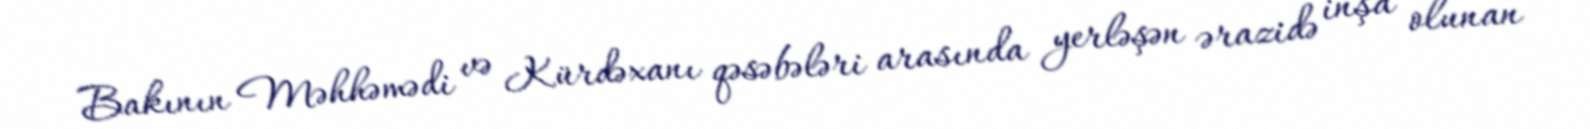
Bakının Məhhəmədi və Kürdəxanı qəsəbələri arasında yerləşən ərazidə inşa olunan